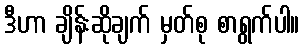
ဒီဟာ ချိန်းဆိုချက် မှတ်စု စာရွက်ပါ။